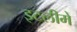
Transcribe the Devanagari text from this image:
इटलीमें